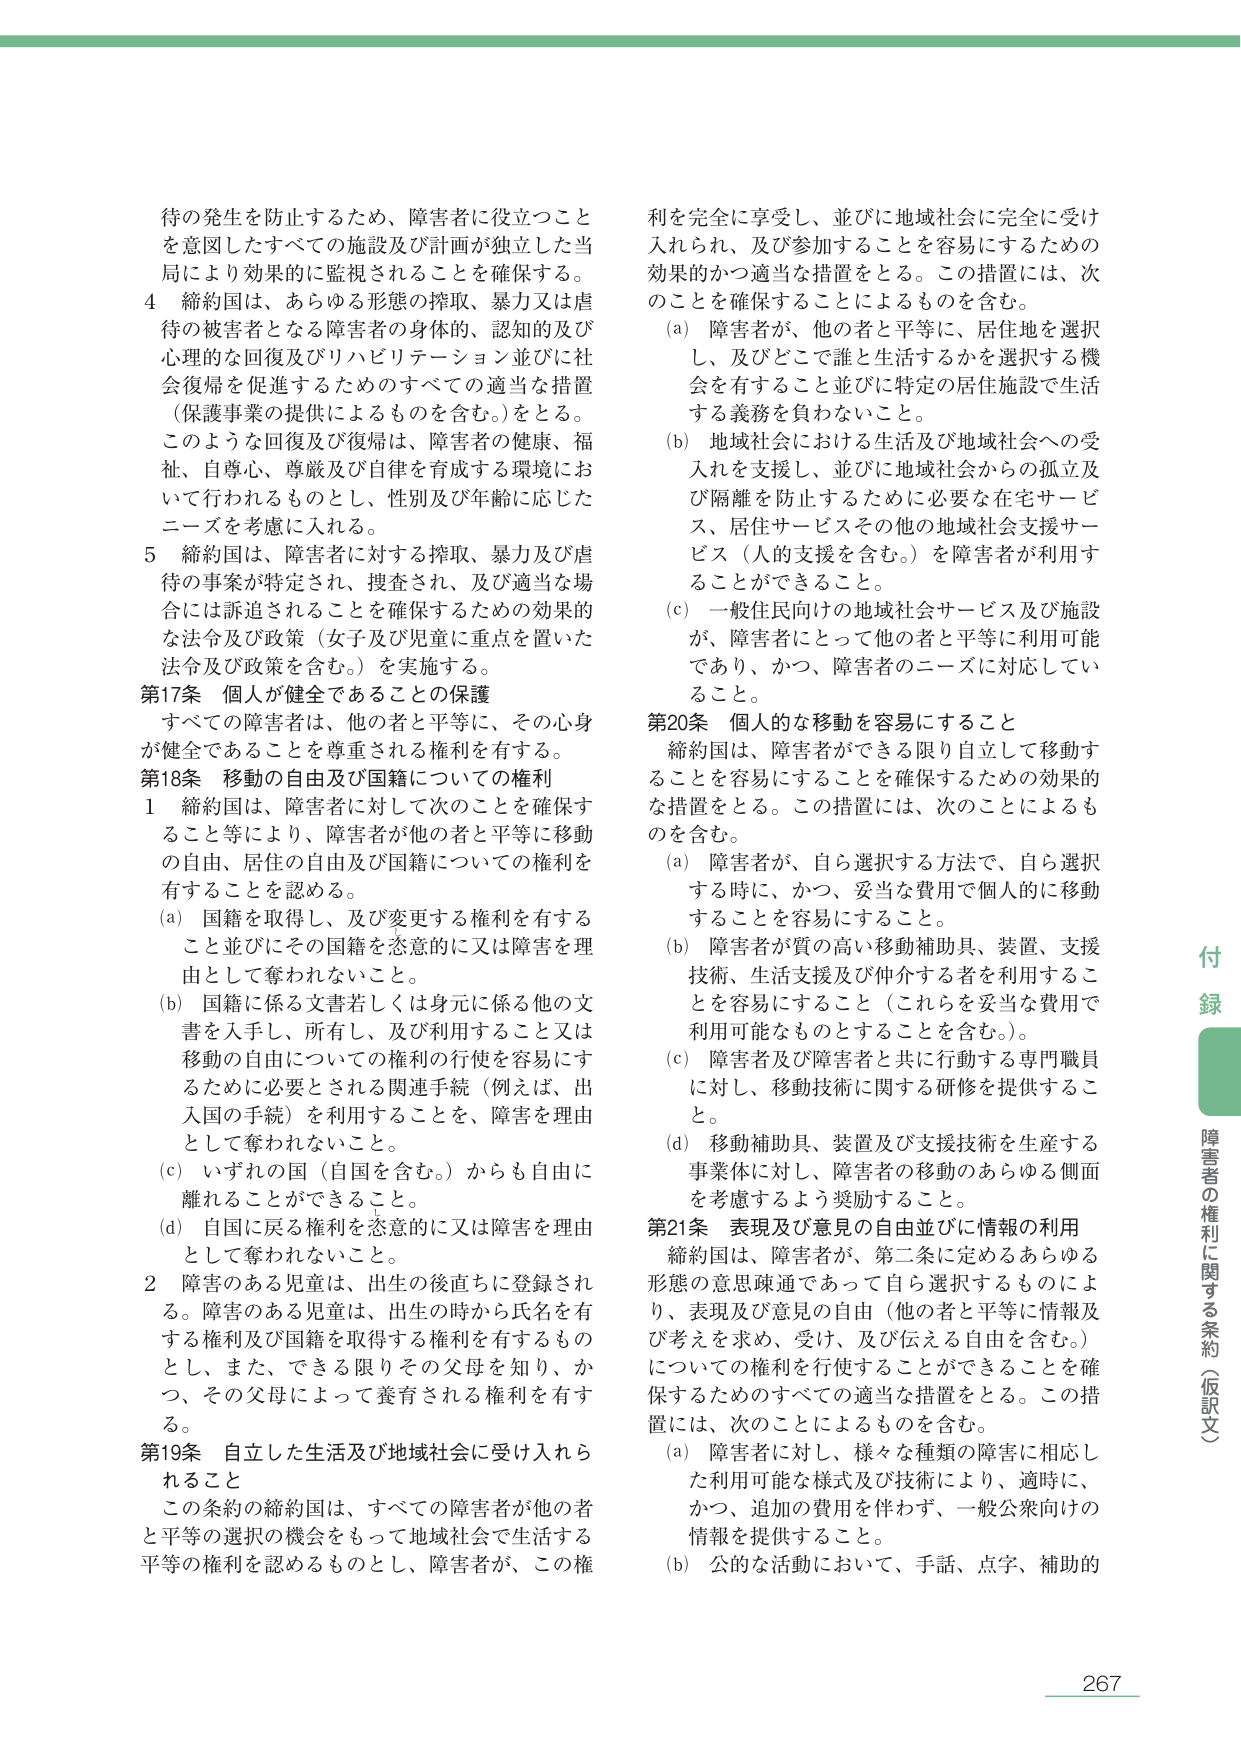
待の発生を防止するため、障害者に役立つことを意図したすべての施設及び計画が独立した当局により効果的に監視されることを確保する。

4 締約国は、あらゆる形態の搾取、暴力又は虐待の被害者となる障害者の身体的、認知的及び心理的な回復及びリハビリテーション並びに社会復帰を促進するためのすべての適当な措置（保護事業の提供によるものを含む。）をとる。このような回復及び復帰は、障害者の健康、福祉、自尊心、尊厳及び自律を育成する環境において行われるものとし、性別及び年齢に応じたニーズを考慮に入れる。

5 締約国は、障害者に対する搾取、暴力及び虐待の事案が特定され、捜査され、及び適当な場合には訴追されることを確保するための効果的な法令及び政策（女子及び児童に重点を置いた法令及び政策を含む。）を実施する。

第17条 個人が健全であることの保護
すべての障害者は、他の者と平等に、その心身が健全であることを尊重される権利を有する。

第18条 移動の自由及び国籍についての権利
1 締約国は、障害者に対して次のことを確保すること等により、障害者が他の者と平等に移動の自由、居住の自由及び国籍についての権利を有することを認める。
(a) 国籍を取得し、及び変更する権利を有すること並びにその国籍を恣意的に又は障害を理由として奪われないこと。
(b) 国籍に係る文書若しくは身元に係る他の文書を入手し、所有し、及び利用すること又は移動の自由についての権利の行使を容易にするために必要とされる関連手続（例えば、出入国の手続）を利用することを、障害を理由として奪われないこと。
(c) いずれの国（自国を含む。）からも自由に離れることができるること。
(d) 自国に戻る権利を恣意的に又は障害を理由として奪われないこと。
2 障害のある児童は、出生の後直ちに登録される。障害のある児童は、出生の時から氏名を有する権利及び国籍を取得する権利を有するものとし、また、できる限りその父母を知り、かつ、その父母によって養育される権利を有する。

第19条 自立した生活及び地域社会に受け入れられること
この条約の締約国は、すべての障害者が他の者と平等の選択の機会をもって地域社会で生活する平等の権利を認めるものとし、障害者が、この権利を完全に享受し、並びに地域社会に完全に受け入れられ、及び参加することを容易にするための効果的かつ適当な措置をとる。この措置には、次のこととを確保することによるものを含む。
(a) 障害者が、他の者と平等に、居住地を選択し、及びどこで誰と生活するかを選択する機会を有すること並びに特定の居住施設で生活する義務を負わないこと。
(b) 地域社会における生活及び地域社会への受入れを支援し、並びに地域社会からの孤立及び隔離を防止するために必要な在宅サービス、居住サービスその他の地域社会支援サービス（人的支援を含む。）を障害者が利用することができる。
(c) 一般住民向けの地域社会サービス及び施設が、障害者にとって他の者と平等に利用可能で、かつ、障害者のニーズに対応していること。

第20条 個人的な移動を容易にすること
締約国は、障害者ができる限り自立して移動することを容易にすることを確保するための効果的な措置をとる。この措置には、次のことによるものを含む。
(a) 障害者が、自ら選択する方法で、自ら選択する時に、かつ、妥当な費用で個人的に移動することを容易にすること。
(b) 障害者が質の高い移動補助具、装置、支援技術、生活支援及び仲介する者を利用することを容易にすること（これらを妥当な費用で利用可能なものとすることを含む。）。
(c) 障害者及び障害者と共に行動する専門職員に対し、移動技術に関する研修を提供すること。
(d) 移動補助具、装置及び支援技術を生産する事業体に対し、障害者の移動のあらゆる側面を考慮するよう奨励すること。

第21条 表現及び意見の自由並びに情報の利用
締約国は、障害者が、第二条に定めるあらゆる形態の意思疎通であって自ら選択するものにより、表現及び意見の自由（他の者と平等に情報及び考えを求め、受け、及び伝える自由を含む。）についての権利を行使することができる。この権利を確保するためのすべての適当な措置をとる。この措置には、次のことによるものを含む。
(a) 障害者に対し、様々な種類の障害に相応した利用可能な様式及び技術により、適時に、かつ、追加の費用を伴わず、一般公衆向けの情報を提供すること。
(b) 公的な活動において、手話、点字、補助的

付録
障害者の権利に関する条約（仮訳文）

267